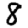
Digit: 8